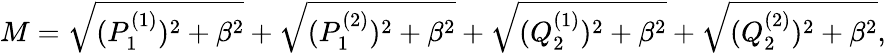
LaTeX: M=\sqrt{(P_{1}^{(1)})^{2}+\beta^{2}}+\sqrt{(P_{1}^{(2)})^{2}+\beta^{2}}+\sqrt{(Q_{2}^{(1)})^{2}+\beta^{2}}+\sqrt{(Q_{2}^{(2)})^{2}+\beta^{2}},